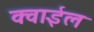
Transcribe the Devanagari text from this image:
क्वाईल